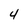
Character: 4